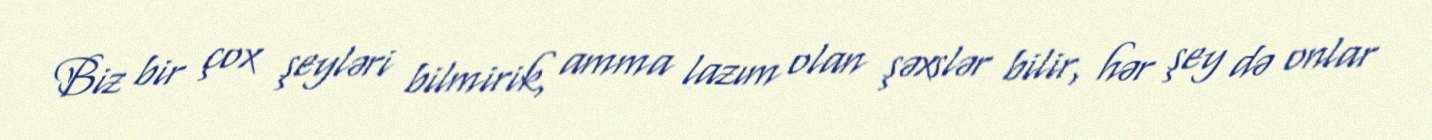
Biz bir çox şeyləri bilmirik, amma lazım olan şəxslər bilir, hər şey də onlar